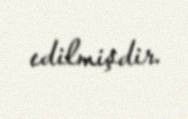
edilmişdir.